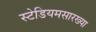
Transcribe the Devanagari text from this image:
स्टेडियमसारख्या